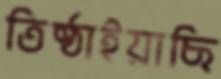
তিষ্ঠাইয়াছি